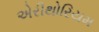
એરીથોરિયમ